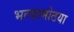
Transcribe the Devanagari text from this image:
भल्यामोठया